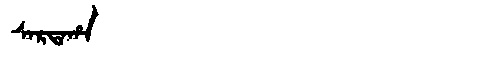
Manchu: ᠰᠠᡵᡨᠠᡥᠠ
Romanization: SARTAHA